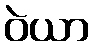
ဝဲယာ